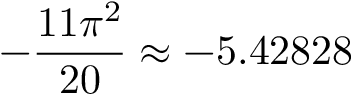
- \frac { 1 1 \pi ^ { 2 } } { 2 0 } \approx - 5 . 4 2 8 2 8